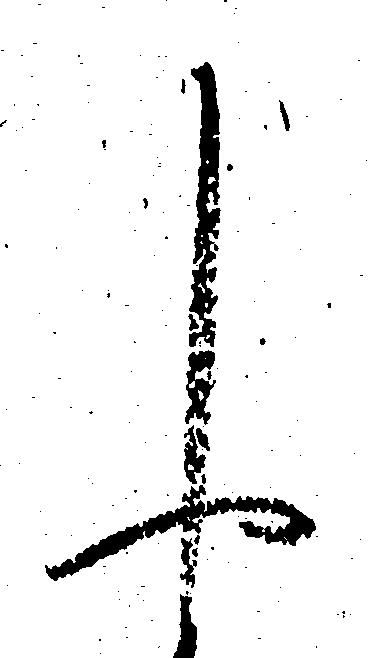
申